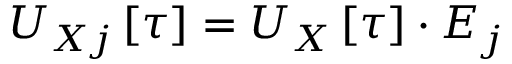
U _ { X j } \left[ \tau \right] = \boldsymbol { U } _ { \u { X } } \left[ \boldsymbol { \tau } \right] \cdot \boldsymbol { E } _ { j }